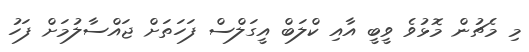
މި މެޗުން މޮޅުވެ ވީބީ އާއި ކްލަބް އީގަލްސް ފަހަތަށް ޖައްސާލުމަށް ފަހު